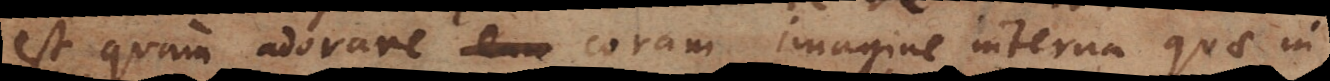
est quam adorare coram imagine interna quae in